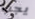
يجب